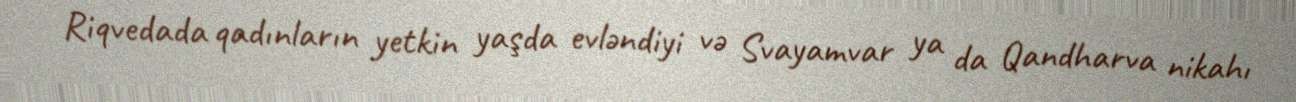
Riqvedada qadınların yetkin yaşda evləndiyi və Svayamvar ya da Qandharva nikahı